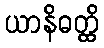
ယာနိဓတ္ထိ